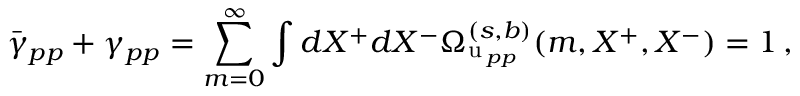
\bar { \gamma } _ { p p } + \gamma _ { p p } = \sum _ { m = 0 } ^ { \infty } \int d X ^ { + } d X ^ { - } \Omega _ { \mathrm { u } \, _ { p p } } ^ { ( s , b ) } ( m , X ^ { + } , X ^ { - } ) = 1 \, ,